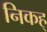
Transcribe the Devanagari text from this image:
निकह्